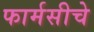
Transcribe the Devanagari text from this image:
फार्मसीचे